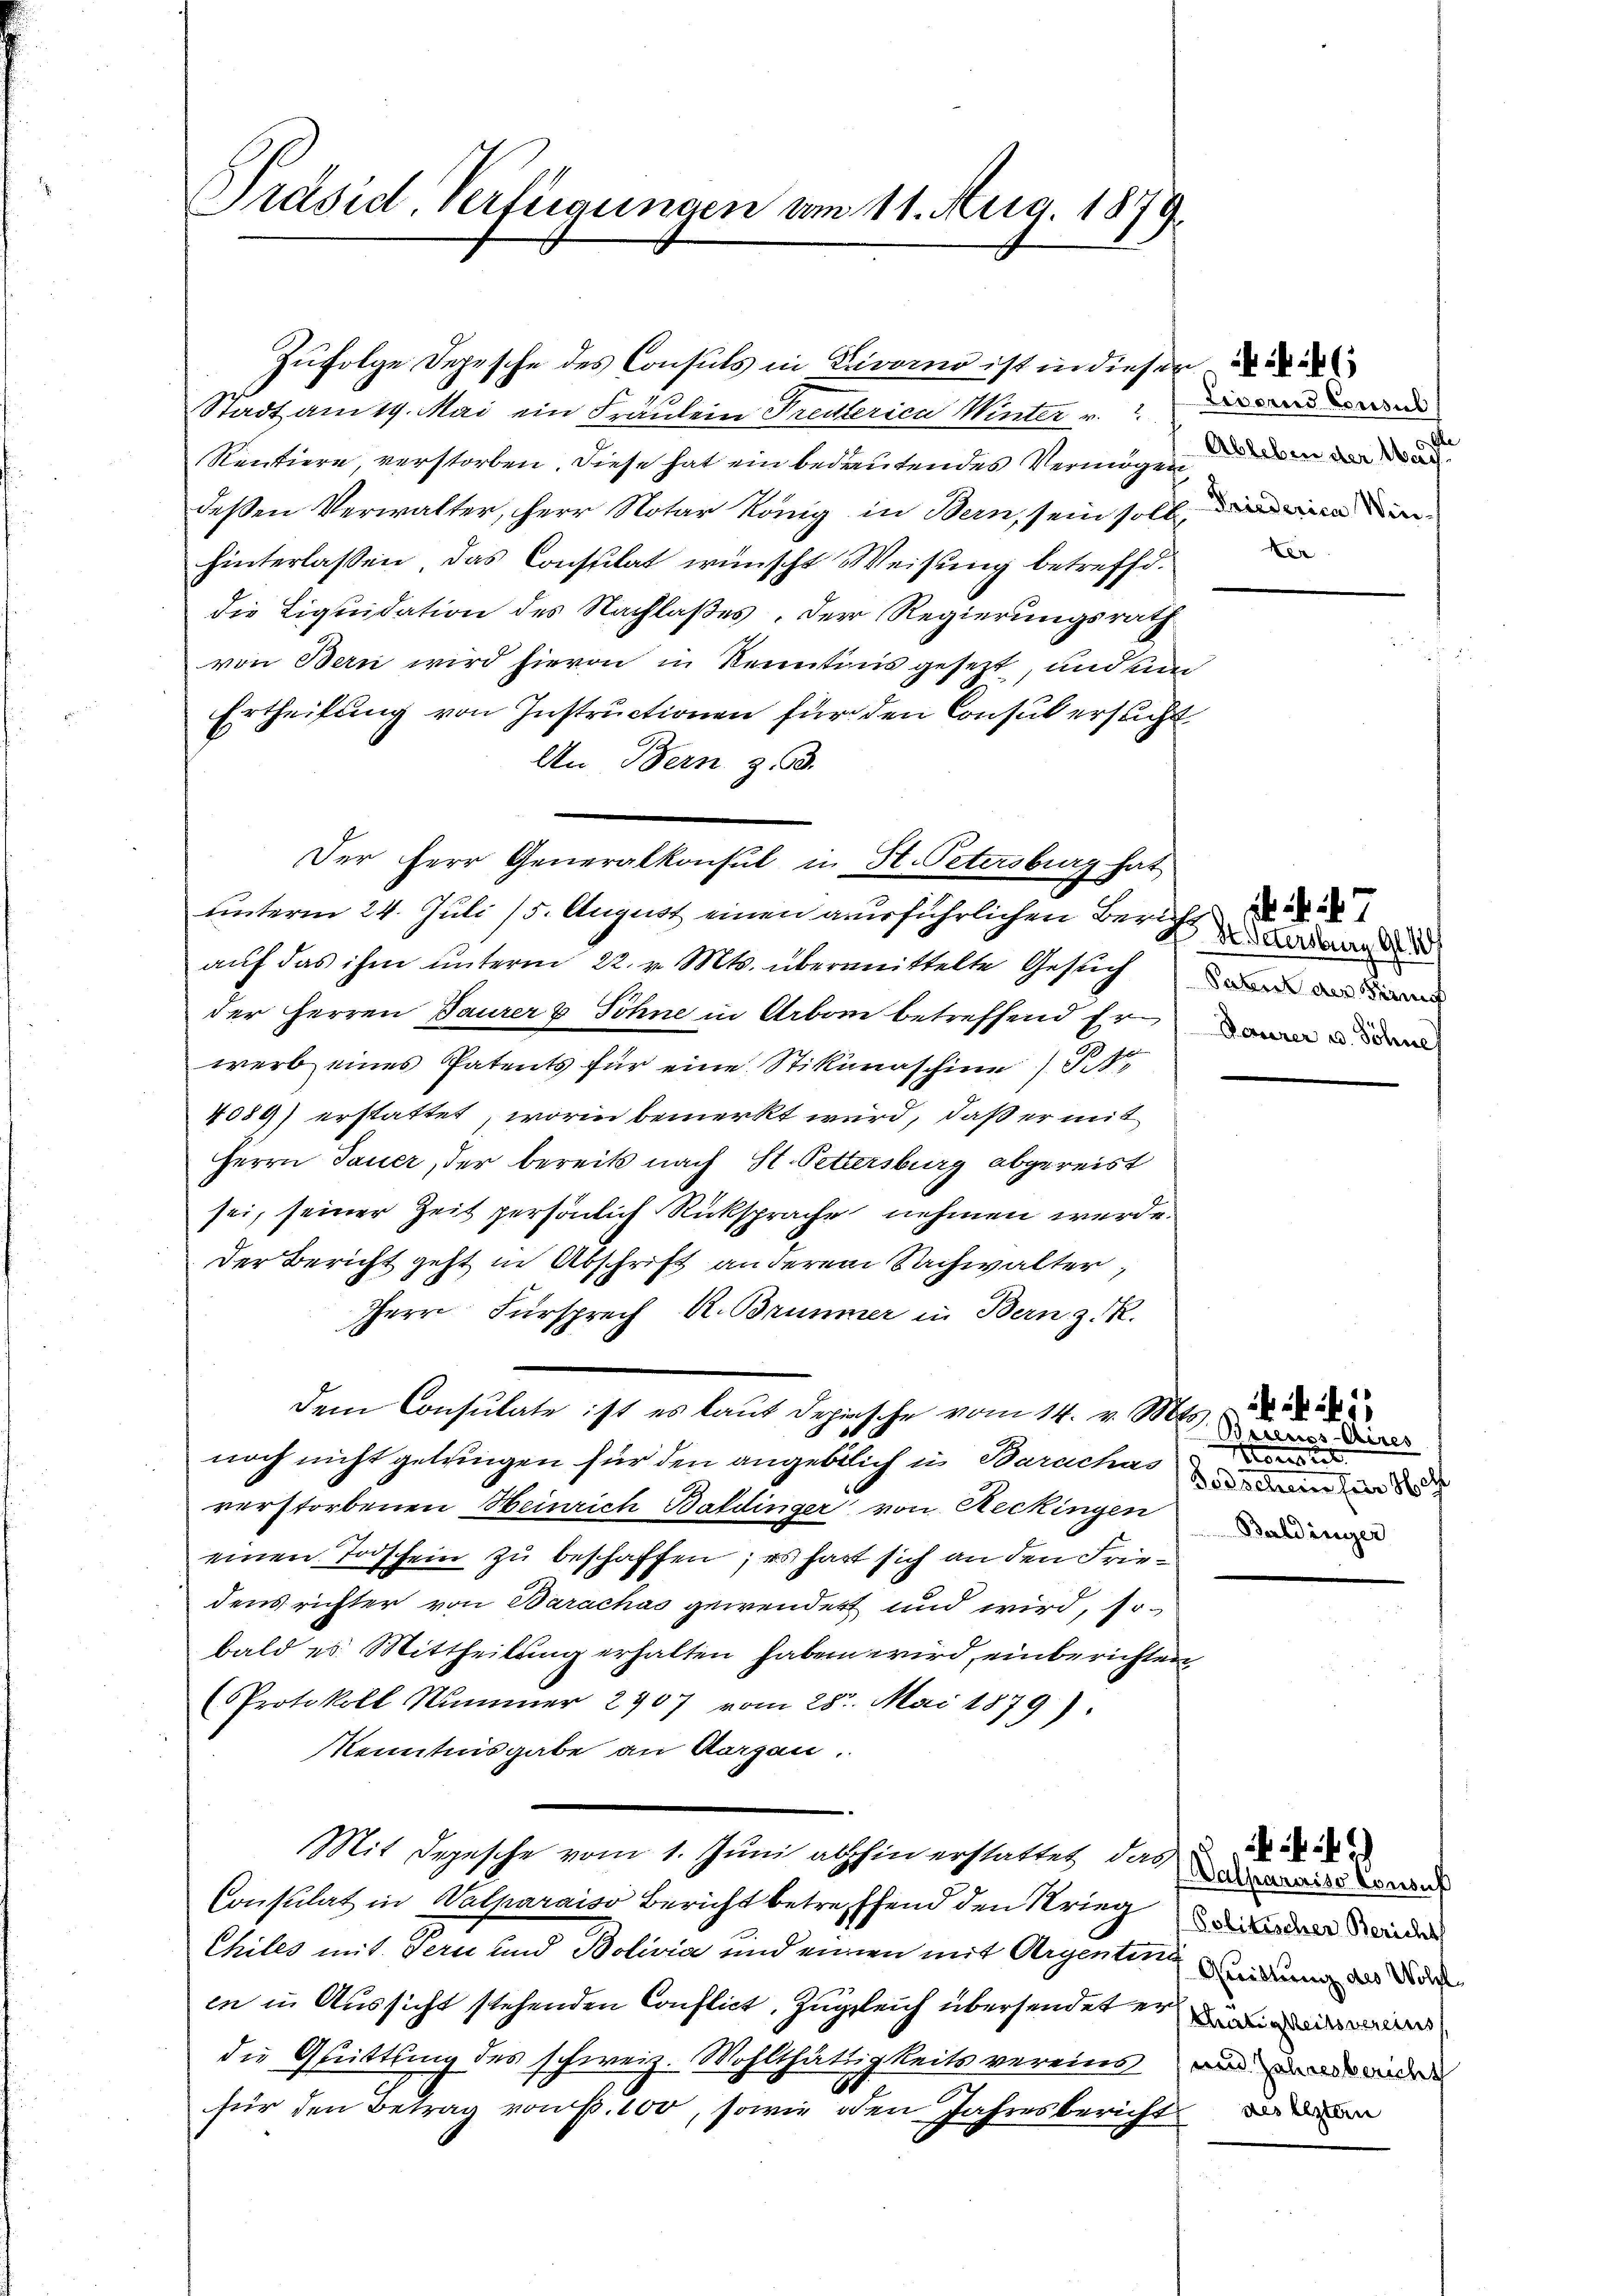
Präsid. Verfügungen vom 11. Aug. 1879.

Zufolge Depesche des Consuls in Lavano ist in dieser die
Stadt am 19. Mai ein Fräulein Freulerica Winter v.
Rentiere, verstorben. Diese hat ein bedeutendes Vermögen, in de
deßen Verwalter, Herr Notar König in Bern, sein soll,
hinterlassen, das Consulat wünscht Weisung betreffd.
die Liquidation des Nachlaßes, der Regierungsrath
von Bern wird hievon in Kenntins gesezt, und un
Ertheilung von Instructionen für den Consul ersucht
An Bern z. B.
aŭf das ihm unterm 22. v. Mts. übermittelte Gesuchen di
der Herren Baurer & Söhne in Arbon betreffend Erwerb eines Patents für eine Stikiraschine St
4089) erstattet, worin bemerkt wird, daß er mit
Herrn Sauer, der bereits nach St. Pettersburg abgereist
sei, seiner Zeit persönlich Rücksprache nehmen werde.
Der Bericht geht in Abschrift anderem Sachwalter,
Herr Fürsprech R. Brummer in Bern z. R.
dem Consulate ist es laut depische vom 14. v. Mts.
noch nicht gelangen für den angeblich in Barachas
verstorbenen Heinrich Baldinger von Reckingen
einen Todschein zu beschaffen; es hart sich an den Friedens richter von Barachas gewendert und wird, so
bald es Mittheilung erhalten haben wird, einberichten,
(Protokoll Nummer 2907 vom 28t. Mai 1879).
Kenntnisgabe an Morgen.
Mit Depesche vom 1. Juni abhin erstattet, das ains Bern
Consulat in Walparaiso Bericht betreffend den Krieg
Chiles mit Bern und Bolivia und einen mit Argentin Weiden des Bode
in in Aussicht stehenden Conflict, Zugleich übersendet er
die Guittung des schweiz. Wohlthätigkeits vereins und an wir
2
für den Betrag von S. 100, sowie den Jahresbericht

Der Herr Generalkonsul in H. Petersburg hat
unterm 24. Juli 15. August einen ausführlichen Zürich anden

Lisoris Consul
de
ter

7
Deurer u. Söhne

25
Basenios-Chires
Monats
Bodschein für de
Baldinger

Politischer Bericht
thätigkeitsvereins